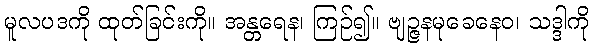
မူလပဒကို ထုတ်ခြင်းကို။ အန္တရေန၊ ကြဉ်၍။ ဗျဉ္ဇနမုခေနေဝ၊ သဒ္ဒါကို